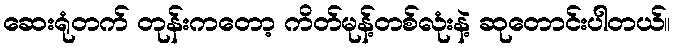
ဆေးရုံတက် တုန်းကတော့ ကိတ်မုန့်တစ်လုံးနဲ့ ဆုတောင်းပါတယ်။